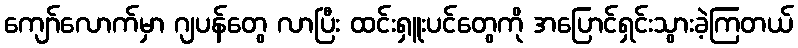
ကျော်လောက်မှာ ဂျပန်တွေ လာပြီး ထင်းရှူးပင်တွေကို အပြောင်ရှင်းသွားခဲ့ကြတယ်